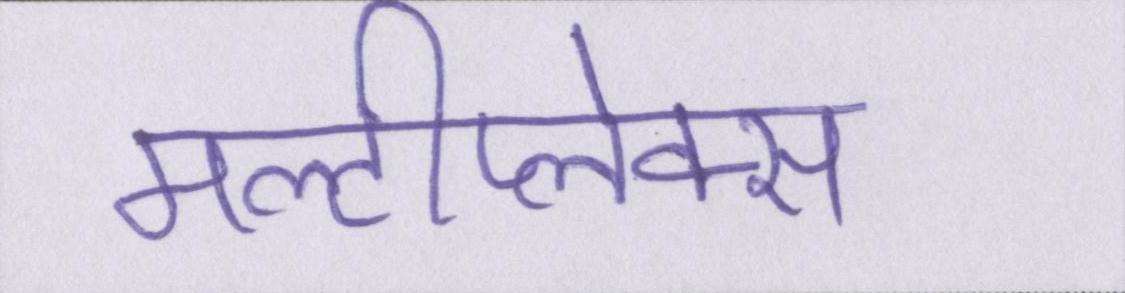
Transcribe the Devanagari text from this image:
मल्टीप्लेक्स